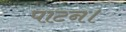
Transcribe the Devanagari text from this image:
पाटन।